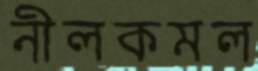
নীলকমল